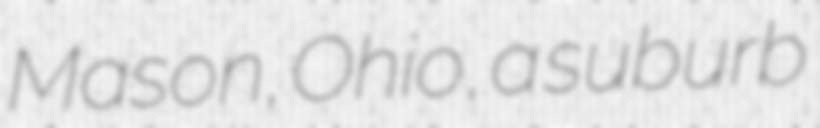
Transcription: Mason, Ohio, a suburb